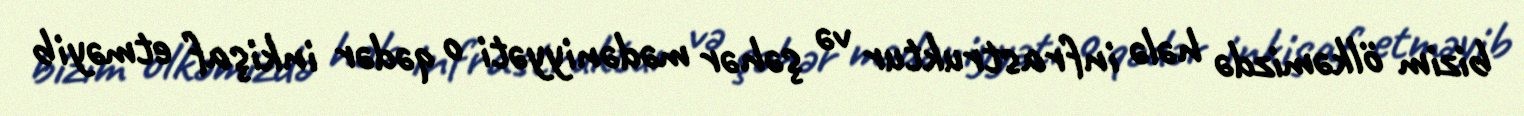
bizim ölkəmizdə hələ infrastruktur və şəhər mədəniyyəti o qədər inkişaf etməyib